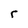
Character: r